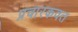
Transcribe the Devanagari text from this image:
प्रचारकवत